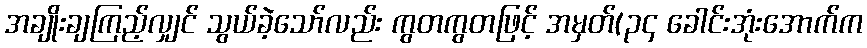
အချိုးချကြည့်လျှင် သွယ်ခဲ့သော်လည်း ကွတကွတဖြင့် အမှတ်(၃၄ ခေါင်းအုံးအောက်က